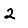
Digit: 2